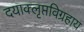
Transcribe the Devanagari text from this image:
दयाक्लृप्तविग्रहाय